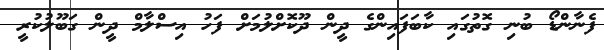
ފެނާންޑޯ ބުނި ގޮތުގައި ކާބަފައިންގެ ދީން ދޫކޮށްލުމަށް ފަހު އިސްލާމް ދީން ގަބޫލުކުރީ